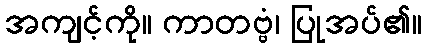
အကျင့်ကို။ ကာတဗ္ဗံ၊ ပြုအပ်၏။